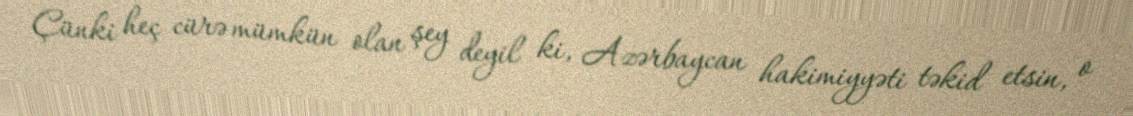
Çünki heç cürə mümkün olan şey deyil ki, Azərbaycan hakimiyyəti təkid etsin, o